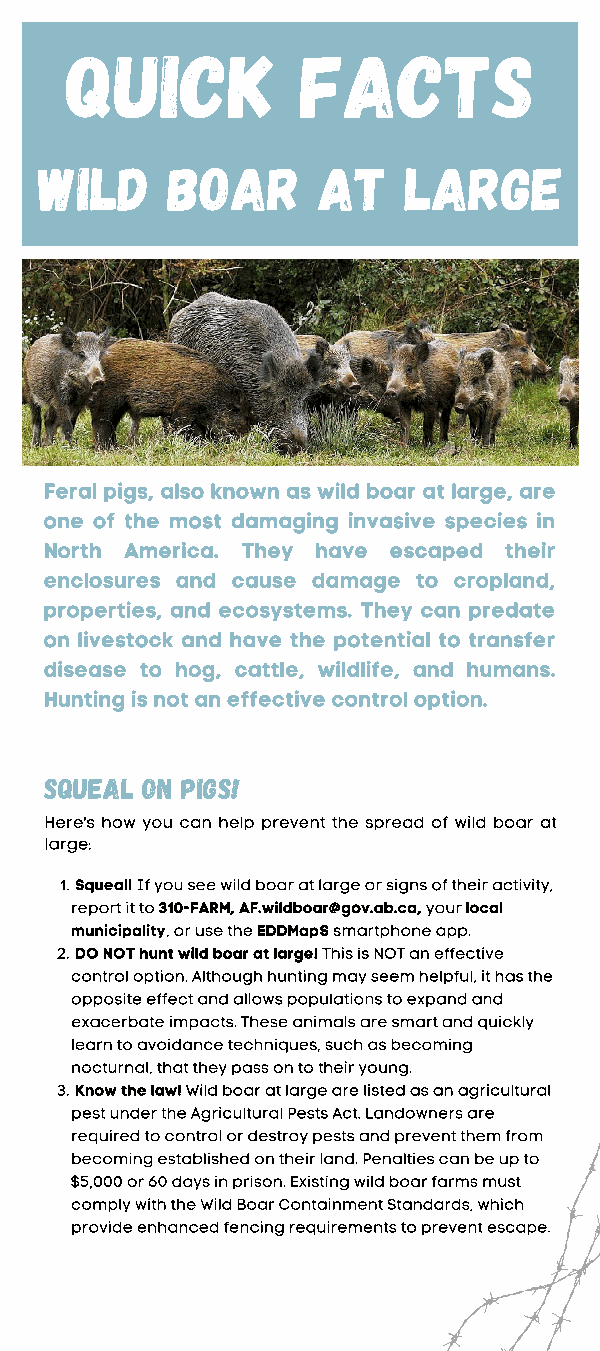
QUICK           FACTS
 WILD    BOAR      AT    LARGE
 Feral pigs, also known as wild boar at large, are
 one of the most damaging invasive species in
 North America. They have escaped their
 enclosures and cause damage to cropland,
 properties, and ecosystems. They can predate
 on livestock and have the potential to transfer
 disease to hog, cattle, wildlife, and humans.
 Hunting is not an effective control option.
 Squeal on pigs!
 Here's how you can help prevent the spread of wild boar at
 large:
 1. Squeal! If you see wild boar at large or signs of their activity,
 report it to 310-FARM, AF.wildboar@gov.ab.ca, your local
 municipality, or use the EDDMapS smartphone app.
 2. DO NOT hunt wild boar at large! This is NOT an effective
 control option. Although hunting may seem helpful, it has the
 opposite effect and allows populations to expand and
 exacerbate impacts. These animals are smart and quickly
 learn to avoidance techniques, such as becoming
 nocturnal, that they pass on to their young.
 3. Know the law! Wild boar at large are listed as an agricultural
 pest under the Agricultural Pests Act. Landowners are
 required to control or destroy pests and prevent them from
 becoming established on their land. Penalties can be up to
 $5,000 or 60 days in prison. Existing wild boar farms must
 comply with the Wild Boar Containment Standards, which
 provide enhanced fencing requirements to prevent escape.